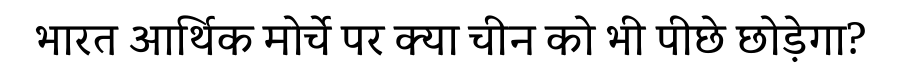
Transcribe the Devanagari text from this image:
भारत आर्थिक मोर्चे पर क्या चीन को भी पीछे छोड़ेगा?